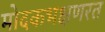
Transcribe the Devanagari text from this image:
मोदकभक्षणरत